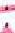
: